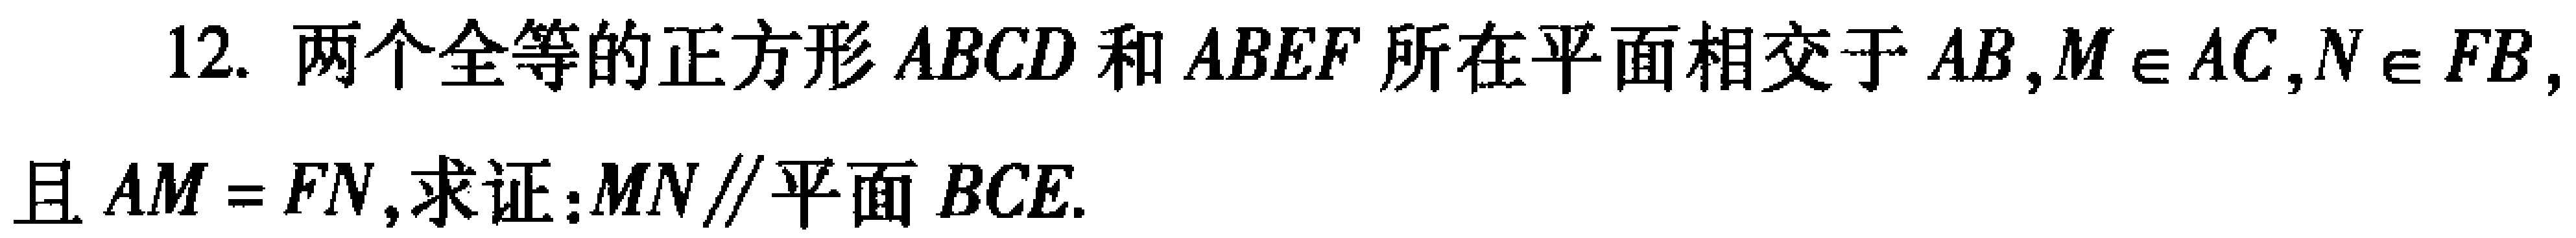
12. 两个全等的正方形 \(ABCD\) 和 \(ABEF\) 所在平面相交于 \(AB\)，\(M\in AC\)，\(N\in FB\)，且 \(AM = FN\)，求证：\(MN\parallel\)平面 \(BCE\).